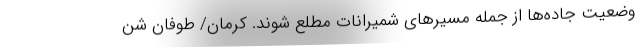
وضعیت جاده‌ها از جمله مسیرهای شمیرانات مطلع شوند. کرمان/ طوفان شن